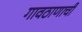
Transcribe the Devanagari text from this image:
गावठाणाची